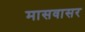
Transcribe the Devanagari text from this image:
मासवासर